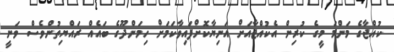
ކުއްޖާގެ މަންމަ މީގެ ކުރިން އެކުއްޖާއަށް އަނިޔާކޮށްފައިވާކަމަށް ހިމަންދޫގެ ބައެއް ރައްޔިތުންވެސް ވަނީ